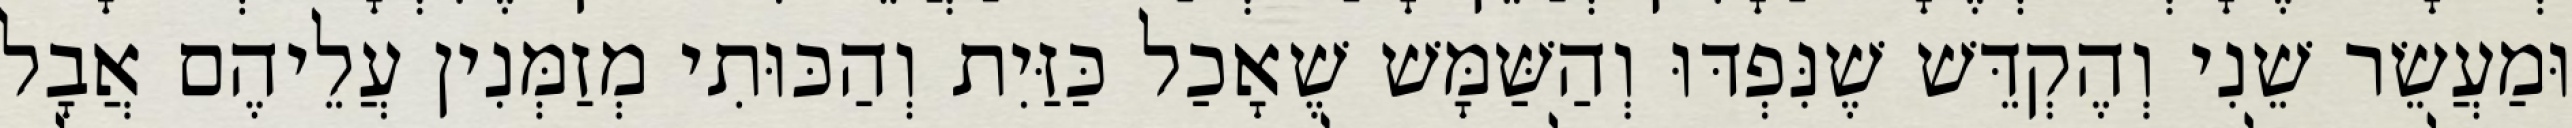
וּמַעֲשֵׂר שֵׁנִי וְהֶקְדֵּשׁ שֶׁנִּפְדּוּ וְהַשַּׁמָּשׁ שֶׁאָכַל כַּזַּיִת וְהַכּוּתִי מְזַמְּנִין עֲלֵיהֶם אֲבָל